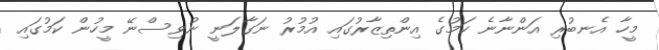
މީހާ އެނބުރި އަންނާނެ ކަމުގެ އިންތިޒާރުގައި އުމުރު ނަގާލަނީ ނުވިސްނޭ މީހުން ކަމުގައި